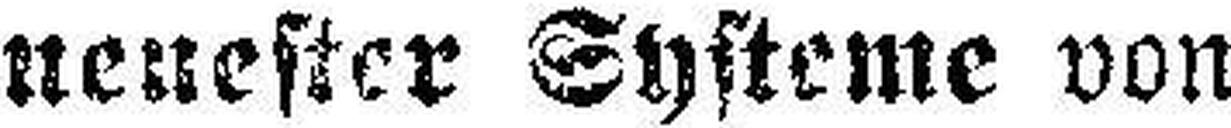
neuester Systeme von